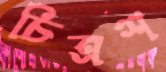
চিত্রশ